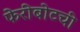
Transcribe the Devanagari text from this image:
फेरीबोटची